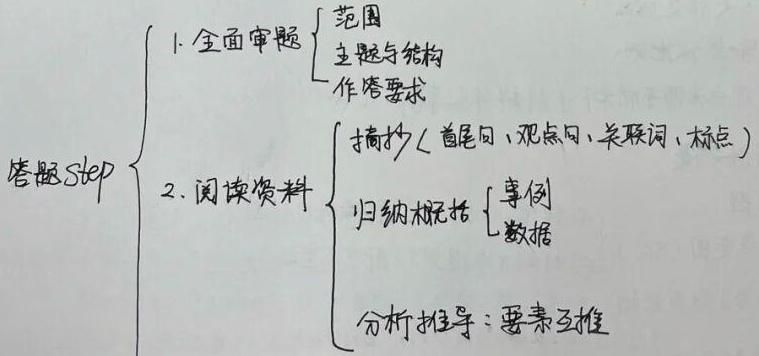
答题 Step
\(\begin{cases}
1. \text{全面审题}
\begin{cases}
\text{范围} \\
\text{主题与结构} \\
\text{作答要求}
\end{cases}\\
2. \text{阅读资料}
\begin{cases}
\text{摘抄（首尾句、观点句、关联词、标点）} \\
\text{归纳概括}
\begin{cases}
\text{事例} \\
\text{数据}
\end{cases}\\
\text{分析推导：要素互推}
\end{cases}
\end{cases}\)